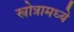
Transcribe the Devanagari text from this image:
स्त्रोत्रामध्ये